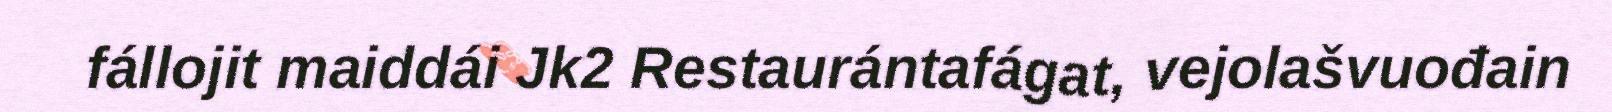
fállojit maiddái Jk2 Restaurántafágat, vejolašvuođain